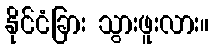
နိုင်ငံခြား သွားဖူးလား။